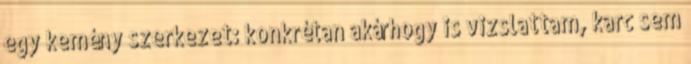
egy kemény szerkezet: konkrétan akárhogy is vizslattam, karc sem